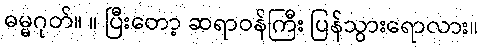
ဓမ္မဂုတ်။ ။ ပြီးတော့ ဆရာဝန်ကြီး ပြန်သွားရောလား။